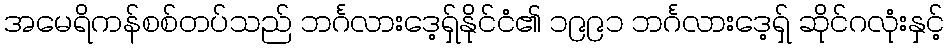
အမေရိကန်စစ်တပ်သည် ဘင်္ဂလားဒေ့ရှ်နိုင်ငံ၏ ၁၉၉၁ ဘင်္ဂလားဒေ့ရှ် ဆိုင်ဂလုံးနှင့်